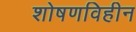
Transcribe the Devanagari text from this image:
शोषणविहीन